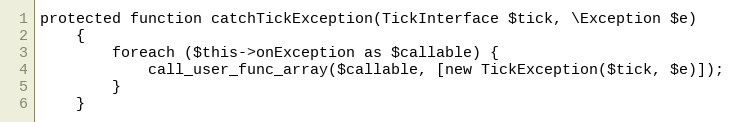
Language: PHP
protected function catchTickException(TickInterface $tick, \Exception $e)
    {
        foreach ($this->onException as $callable) {
            call_user_func_array($callable, [new TickException($tick, $e)]);
        }
    }